Report on the administration of the Government Cinchona Department 1892-98
Year: 1892
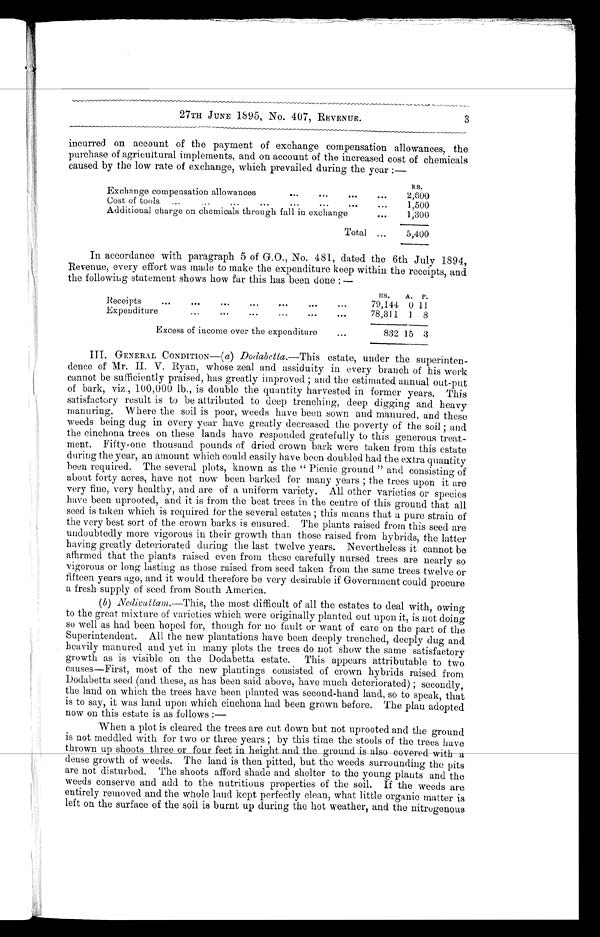
•
Rs.
2,500
1,500
1,300
27TH JUNE 1895, No. 407, REVENUE.
3
incurred on account of the payment of exchange compensation allowances, the
purchase of agricultural implements, and on account of the increased cost of chemicals
caused by the low rate of exchange, which prevailed during the year:—
Exchange compensation allowances
Cost of tools
Additional charge on chemicals through fall in exchange
Total
5,400
In accordance with paragraph 5 of G.O., No. 481, dated the 6th July 1894,
Revenue, every effort was made to make the expenditure keep within the receipts, and
the following statement shows how far this has been done:—
R e ceipts
Expenditure
Excess of income over the expenditure
RS.
79,144
78,311
832
A.
0
1
15
P.
11
8
3
III. GENERAL CONDITION—(a) Dodabetta.—This estate, under the superinten-
dence of Mr. H. V. Ryan, whose zeal and assiduity in every branch of his work
cannot be sufficiently praised, has greatly improved; and the estimated annual out-put
of bark, viz., 100,000 lb., is double the quantity harvested in former years. This
satisfactory result is to be attributed to deep trenching, deep digging and heavy
manuring. Where the soil is poor, weeds have been sown and manured, and these
weeds being dug in every year have greatly decreased the poverty of the soil; and
the cinchona trees on these lands have responded gratefully to this generous treat
-ment. Fifty-one thousand pounds of dried crown bark were taken from this estate
during the year, an amount which could easily have been doubled had the extra quantity
been required. The several plots, known as the "Picnic ground" and consisting of
about forty acres, have not now been barked for many years; the trees upon it are
very fine, very healthy, and are of a uniform variety. All other varieties or species
have been uprooted, and it is from the best trees in the centre of this ground that all
seed is taken which is required for the several estates; this means that a pure strain of
the very best sort of the crown barks is ensured. The plants raised from this seed are
undoubtedly more vigorous in their growth than those raised from hybrids, the latter
having greatly deteriorated during the last twelve years. Nevertheless it cannot be
affirmed that the plants raised even from these carefully nursed trees are nearly so
vigorous or long lasting as those raised from seed taken from the same trees twelve or
fifteen years ago, and it would therefore be very desirable if Government could procure
a fresh supply of seed from South America.
(b) "'Nedivattam.— This, the most difficult of all the estates to deal with, owing
to the great mixture of varieties which were originally planted out upon it, is not doing
so well as had been hoped for, though for no fault or want of care on the part of the
Superintendent. All the new plantations have been deeply trenched, deeply dug and
heavily manured and yet in many plots the trees do not show the same satisfactory
growth as is visible on the Dodabetta estate. This appears attributable to two
causes—First, most of the new plantings consisted of crown hybrids raised from
Dodabetta seed (and these, as has been said above, have much deteriorated); secondly,
the land on which the trees have been planted was second-hand land, so to speak, that
is to say, it was land upon which cinchona had been grown before. The plan adopted
now on this estate is as follows:
—
When a plot is cleared the trees are cut down but not uprooted and the ground
is not meddled with for two or three years; by this time the stools of the trees have
thrown up shoots three or four feet in height and the ground_is also covered w i t h
a
dense growth of weeds. The land is then pitted, but the weeds surrounding the pits
are not disturbed. The shoots afford shade and shelter to the young plants and the
weeds conserve and add to the nutritious properties of the soil. If the weeds are
entirely removed and the whole land kept perfectly clean, what little organic matter is
left on the surface of the soil is burnt up during the hot weather, and the nitrogenou
s